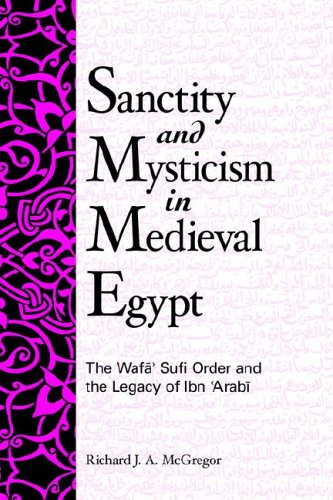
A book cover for Sanctity and Mysticism in Medieval Egypt (Suny Series in Islam); Richard J. A. McGregor; Religion & Spirituality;